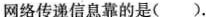
网络传递信息靠的是( )。